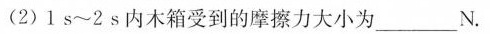
(2)1s~2s内木箱受到的摩擦力大小为___N.